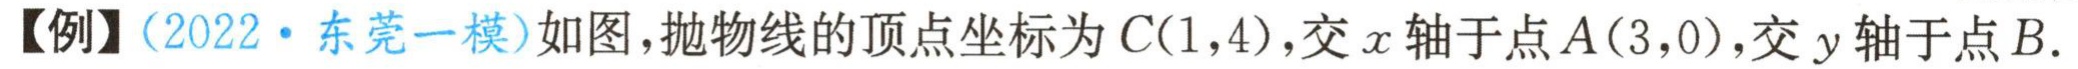
【例】（2022·东莞一模）如图，抛物线的顶点坐标为\(C(1,4)\)，交\(x\)轴于点\(A(3,0)\)，交\(y\)轴于点\(B\)．